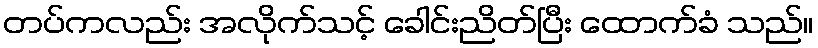
တပ်ကလည်း အလိုက်သင့် ခေါင်းညိတ်ပြီး ထောက်ခံ သည်။